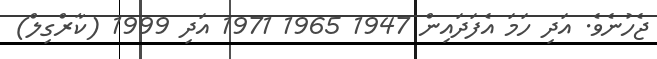
ޖެހުނެވެ. އަދި ހަމަ އެފަދައިން 1947 1965 1971 އަދި 1999 (ކާރްގިލް)